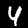
Digit: 4